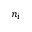
n _ { i }